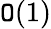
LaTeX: \mathtt{O}(1)